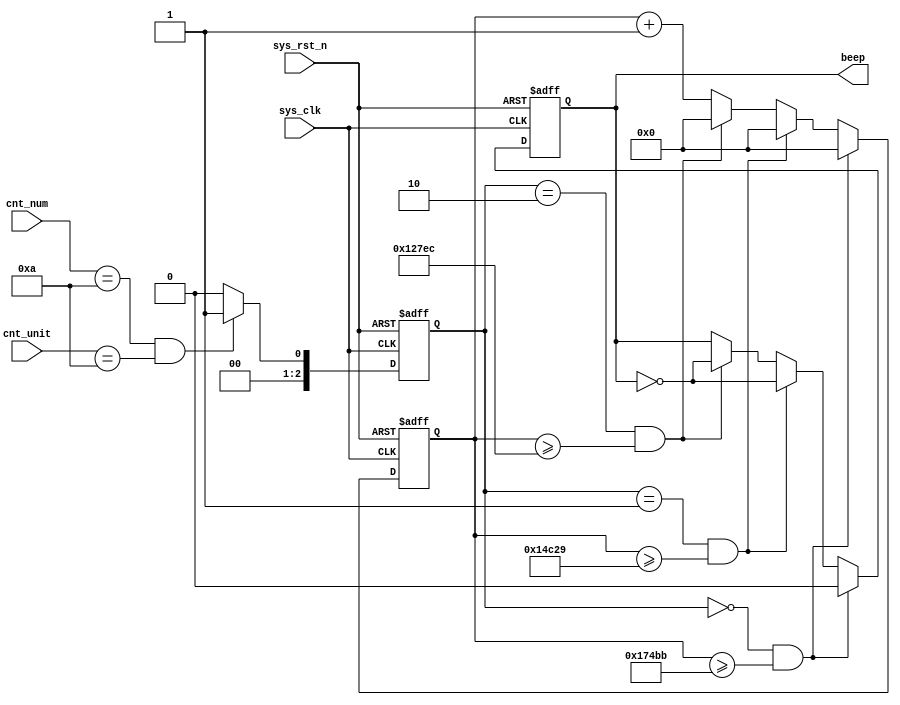
module  beep
(
	input	wire			sys_clk		,
	input	wire			sys_rst_n	,

    input	  		[3:0]	cnt_num		,
	input	 		[3:0]	cnt_unit	,

	output	reg				beep	
);

localparam	CNT_1S_MAX  =  26'd50_000_000  ;
localparam	CNT_DO_MAX	=  17'd95420  ,
			CNT_RE_MAX	=  17'd85034  ,
			CNT_MI_MAX	=  17'd75757  ,			
			CNT_FA_MAX	=  17'd71633  ,
			CNT_SO_MAX	=  17'd63775  ,					
			CNT_LA_MAX	=  17'd56818  ,
			CNT_XI_MAX	=  17'd50607  ;			
			

reg		[25:0]	cnt_1s	;
reg		[2:0]	num	    ;//
reg		[16:0]	cnt_fre	;

always@(posedge sys_clk or negedge sys_rst_n)
	if(sys_rst_n == 1'b0)	
	begin
		num <= 3'd0   ;
	end
	else  if((cnt_num == 34'ha)&&(cnt_unit== 4'ha))
	begin
		num <= 3'd1   ;
	end
	else
		num <= 3'd0	  ;

always@(posedge sys_clk or negedge sys_rst_n)
	if(sys_rst_n == 1'b0)
    begin
        cnt_fre  <=  17'd0  ;
        beep  <=  1'b0  ;
    end
	else  if((num == 3'd0)&&(cnt_fre >= CNT_DO_MAX - 1'b1))
	begin
    	cnt_fre  <=  17'd0  ;
        beep  <=  1'b0  ;
    end
	else  if((num == 3'd1)&&(cnt_fre >= CNT_RE_MAX - 1'b1))
	begin
    	cnt_fre  <=  17'd0  ;
        beep  <=  ~beep  ;
    end
	else  if((num == 3'd2)&&(cnt_fre >= CNT_MI_MAX - 1'b1))
	begin
    	cnt_fre  <=  17'd0  ;
        beep  <=  ~beep  ;
    end
	else
    begin
       	cnt_fre  <=  cnt_fre + 1'b1  ;
        beep  <=  beep  ; 
    end
	

endmodule